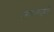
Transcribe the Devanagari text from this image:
जगतको